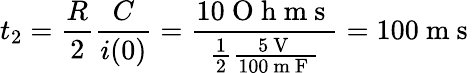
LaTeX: t_{2}=\frac{R}{2}\frac{C}{i(0)}=\frac{10\mathrm{~O~h~m~s~}}{\frac{1}{2}\frac{5\mathrm{~V~}}{100\mathrm{~m~F~}}}=100\mathrm{~m~s~}